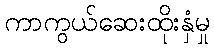
ကာကွယ်ဆေးထိုးနှံမှု